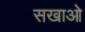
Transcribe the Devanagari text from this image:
सखाओ